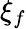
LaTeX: \xi_{f}